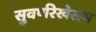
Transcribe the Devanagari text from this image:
सुवर्णरेखेसम